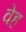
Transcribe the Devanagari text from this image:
वेह